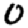
Digit: 0